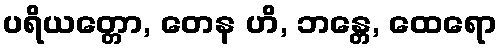
ပရိယတ္တော, တေန ဟိ, ဘန္တေ, ထေရော